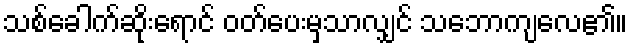
သစ်ခေါက်ဆိုးရောင် ဝတ်ပေးမှသာလျှင် သဘောကျလေ၏။